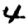
Digit: 4